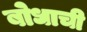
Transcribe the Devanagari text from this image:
बोधाची